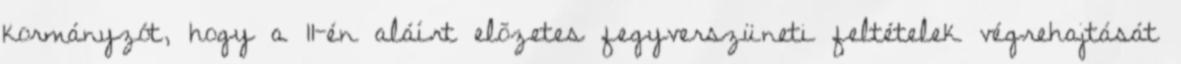
kormányzót, hogy a 11-én aláírt elõzetes fegyverszüneti feltételek végrehajtását